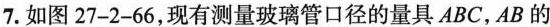
7.如图27-2-66，现有测量玻璃管口径的量具ABC，AB的